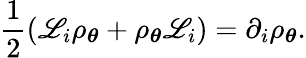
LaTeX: \frac{1}{2}\left(\mathscr{L}_{i}\rho_{\boldsymbol{\theta}}+\rho_{\boldsymbol{\theta}}\mathscr{L}_{i}\right)=\partial_{{i}}\rho_{\boldsymbol{\theta}}.